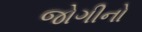
જોગીનો